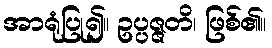
အာရုံပြု၍။ ဥပ္ပဇ္ဇတိ၊ ဖြစ်၏။